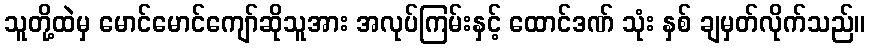
သူတို့ထဲမှ မောင်မောင်ကျော်ဆိုသူအား အလုပ်ကြမ်းနှင့် ထောင်ဒဏ် သုံး နှစ် ချမှတ်လိုက်သည်။